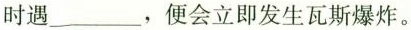
时遇___，便会立即发生瓦斯爆炸。